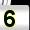
Digit: 5